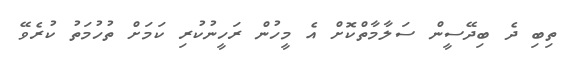
ތިބި ދެ ބިދޭސީން ސަލާމާތްކޮށް އެ މީހުން ރަހީނުކުރި ކަމަށް ތުހުމަތު ކުރެވޭ